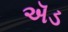
ઍડ